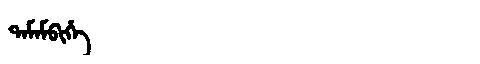
Manchu: ᡨᠠᠮᠠᠮᠪᡳᡥᡝ
Romanization: TAMAMBIHE